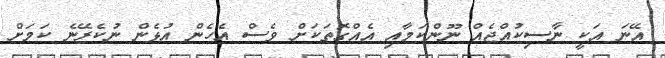
އޭނަ އަކީ ނާސިކުއްޖެއް ނޫންކަމާއި އެއްގޮތަކަށް ވެސް އެހެން އުޅެން ނުކެރޭނެ ކަމަށް